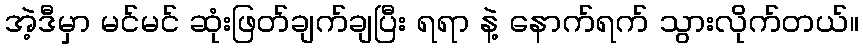
အဲ့ဒီမှာ မင်မင် ဆုံးဖြတ်ချက်ချပြီး ရရာ နဲ့ နောက်ရက် သွားလိုက်တယ်။